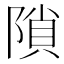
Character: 𨻈